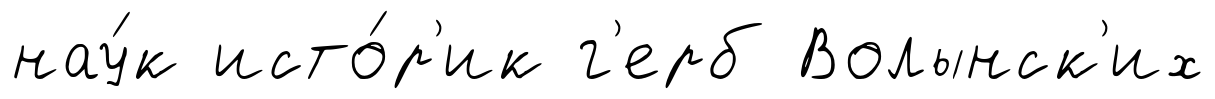
нау́к исто́р'ик г'ерб Волынск'их